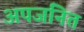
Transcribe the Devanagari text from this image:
अपजनित